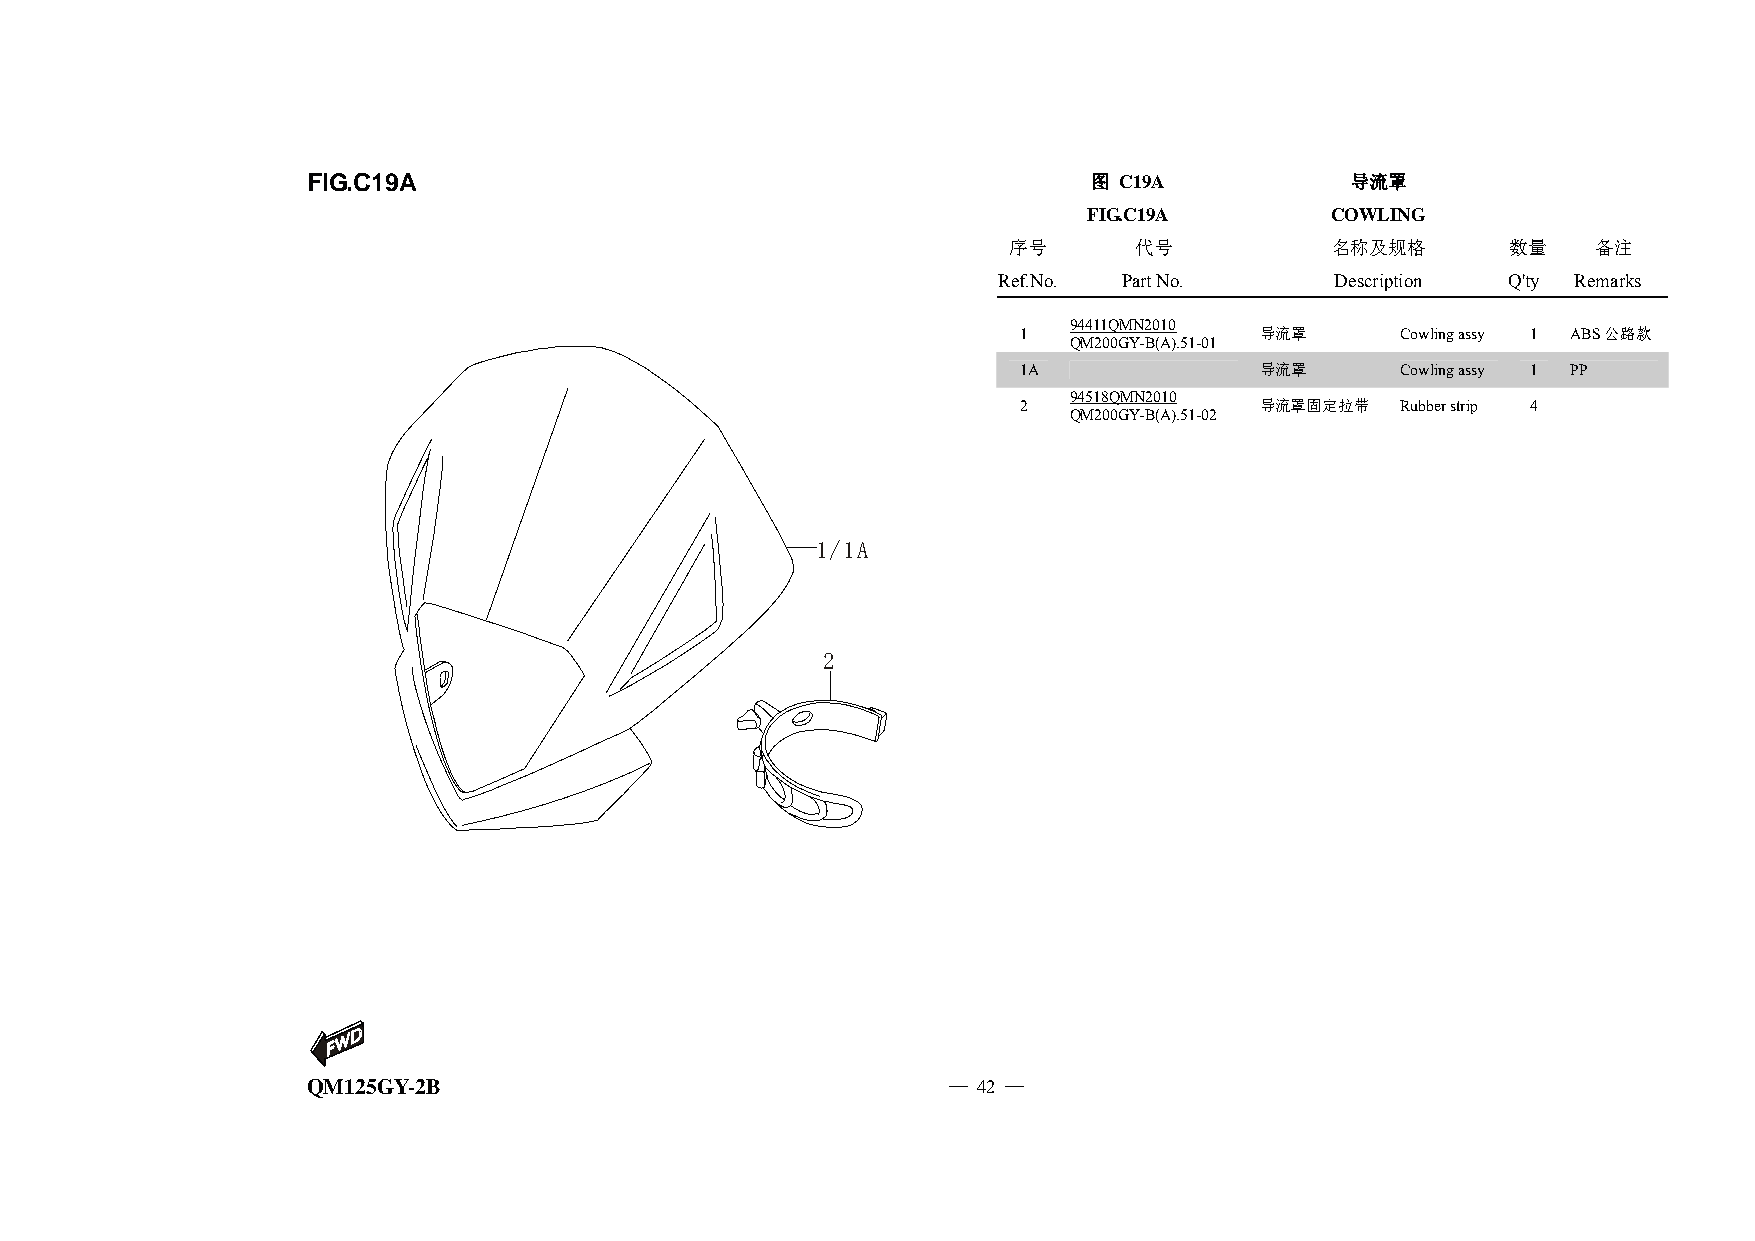
FIG.C19A                                            图 C19A           导流罩
 FIG.C19A        COWLING
 序号      代号           名称及规格       数量    备注
 Ref.No. Part No.      Description Q'ty Remarks
 94411QMN2010
 1               导流罩       Cowling assy 1 ABS公路款
 QM200GY-B(A).51-01
 1A              导流罩       Cowling assy 1 PP
 94518QMN2010
 2               导流罩固定拉带   Rubber strip 4
 QM200GY-B(A).51-02
 1/1A
 2
 QM125GY-2B                                 — 42 —